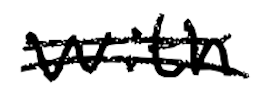
Text: with
Cross-out: double-line
Writing tool: digital_black